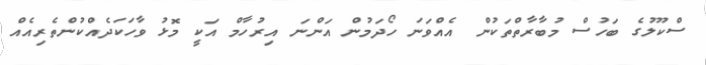
ސްކޫލުގެ ބަހުސް މުބާރާތްތަކުން އެއްވަނަ ހޯދަމުން އަންނަ އިރުހާމް އަކީ މޮޅު ވާހަކަދެއްކުންތެރިއެއް